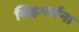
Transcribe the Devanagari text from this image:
सिहगर्जना